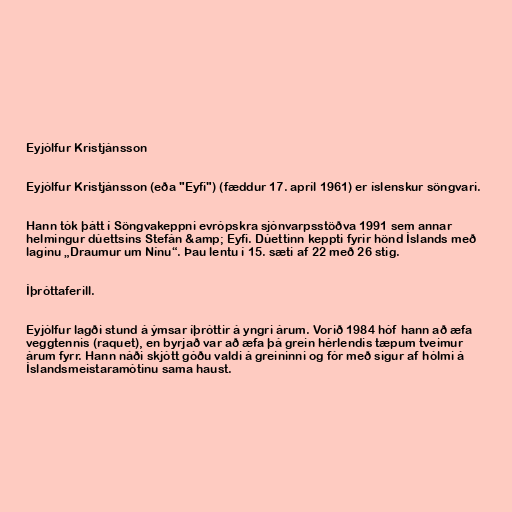
Eyjólfur Kristjánsson

Eyjólfur Kristjánsson (eða "Eyfi") (fæddur 17. apríl 1961) er íslenskur söngvari.

Hann tók þátt í Söngvakeppni evrópskra sjónvarpsstöðva 1991 sem annar
helmingur dúettsins Stefán &amp; Eyfi. Dúettinn keppti fyrir hönd Íslands með
laginu „Draumur um Nínu“. Þau lentu í 15. sæti af 22 með 26 stig.

Íþróttaferill.

Eyjólfur lagði stund á ýmsar íþróttir á yngri árum. Vorið 1984 hóf hann að æfa
veggtennis (raquet), en byrjað var að æfa þá grein hérlendis tæpum tveimur
árum fyrr. Hann náði skjótt góðu valdi á greininni og fór með sigur af hólmi á
Íslandsmeistaramótinu sama haust.